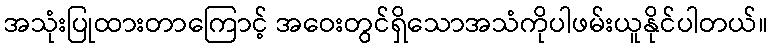
အသုံးပြုထားတာကြောင့် အဝေးတွင်ရှိသောအသံကိုပါဖမ်းယူနိုင်ပါတယ်။